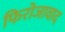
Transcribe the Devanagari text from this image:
फिरोजावाद